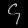
Digit: ၄